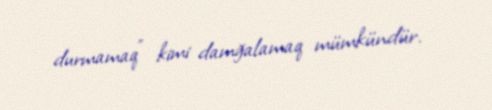
durmamaq” kimi damğalamaq mümkündür.